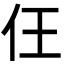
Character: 仼